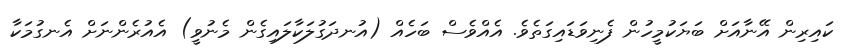
ކައިރިން އޭނާއަށް ބަޔަކުމީހުން ފެނިވަޑައިގަތެވެ. އެއްވެސް ބަހެއް (އުނދަގުލަކާލައިގެން މެނުވީ) އެއުރެންނަށް އެނގުމަކާ